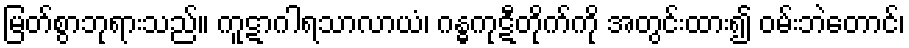
မြတ်စွာဘုရားသည်။ ကူဋာဂါရသာလာယံ၊ ဂန္ဓကုဋီတိုက်ကို အတွင်းထား၍ ဝမ်းဘဲတောင်၊